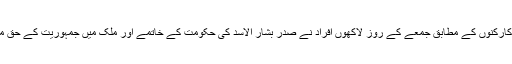
انسانی حقوق کے کارکنوں کے مطابق جمعے کے روز لاکھوں افراد نے صدر بشار الاسد کی حکومت کے خاتمے اور ملک میں جمہوریت کے حق میں مظاہرے کیے۔